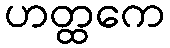
ဟတ္ထကေ